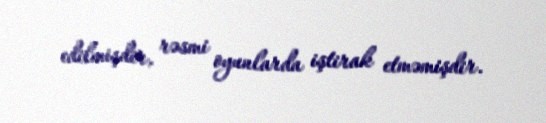
edilmişdir, rəsmi oyunlarda iştirak etməmişdir.